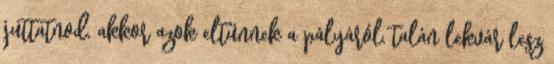
juttatnod, akkor azok eltűnnek a pályáról, talán lekvár lesz